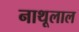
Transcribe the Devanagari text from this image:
नाथूलाल